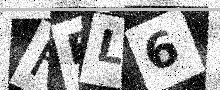
Text: FFL6